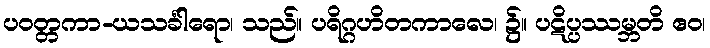
ပဝတ္တကာ-ယသင်္ခါရော၊ သည်။ ပရိဂ္ဂဟိတကာလေ၊ ၌။ ပဋိပ္ပဿမ္ဘတိ ဧဝ၊